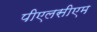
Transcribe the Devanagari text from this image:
पीएलसीएम